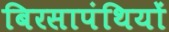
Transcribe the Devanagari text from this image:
बिरसापंथियों